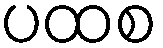
ပထစ